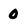
Character: 0